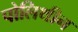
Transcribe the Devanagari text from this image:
पोलिथीन